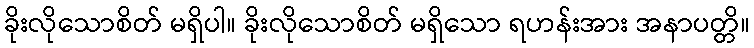
ခိုးလိုသောစိတ် မရှိပါ။ ခိုးလိုသောစိတ် မရှိသော ရဟန်းအား အနာပတ္တိ။